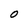
Character: O